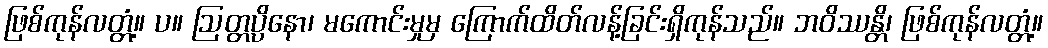
ဖြစ်ကုန်လတ္တံ့။ ပ။ ဩတ္တပ္ပိနော၊ မကောင်းမှုမှ ကြောက်ထိတ်လန့်ခြင်းရှိကုန်သည်။ ဘဝိဿန္တိ၊ ဖြစ်ကုန်လတ္တံ့။